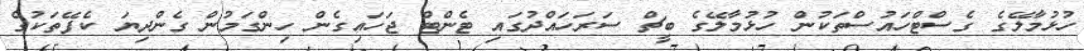
ހުޅުމާލޭގެ ގެސްޓްހައުސްތަކުން ހުޅުމާލޭގެ ބީޗް ސަރަހައްދުގައި ޓެންޓް ޖަހައިގެން ހިންގަމުން ގެންދިޔަ ކެފޭތަކުގެ